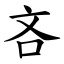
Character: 吝